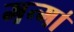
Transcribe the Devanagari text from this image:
गन्गा॑